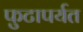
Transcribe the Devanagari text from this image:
फुटापर्यत